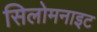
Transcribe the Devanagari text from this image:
सिलोमनाइट